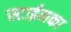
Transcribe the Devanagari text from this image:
स्टाईनका